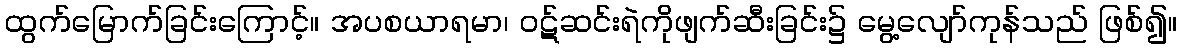
ထွက်မြောက်ခြင်းကြောင့်။ အပစယာရမာ၊ ဝဋ်ဆင်းရဲကိုဖျက်ဆီးခြင်း၌ မွေ့လျော်ကုန်သည် ဖြစ်၍။